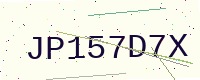
Text: JP157D7X